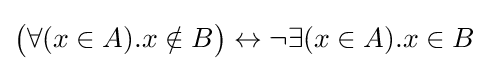
{\big (}\forall (x\in A).x\notin B{\big )}\leftrightarrow \neg \exists (x\in A).x\in B